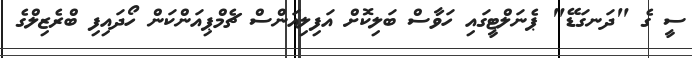
ސީ ގެ "ދަނގަޑޭ" ޕެނަލްޓީގައި ހަވާސް ބަލިކޮށް އަފިލިއަންސް ޗެމްޕިއަންކަން ހޯދައިފި ބްރެޒިލްގެ